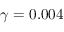
\gamma = 0 . 0 0 4